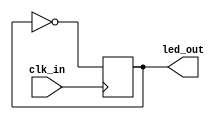
`timescale 1ns / 1ps
//////////////////////////////////////////////////////////////////////////////////
// Company: Carleton University
// Engineering Student: Sunao Gomi
// 
// Design Name: 
// Module Name: timerOn
// Project Name: 
// Target Devices: 
// Tool Versions: 
// Description: 
// 
// Dependencies: 
// 
// Revision:
// Revision 0.01 - File Created
// Additional Comments:
// 
//////////////////////////////////////////////////////////////////////////////////


module timerOn(
    input clk_in,
    output reg led_out
    );
    initial led_out = 0;
    always@(posedge clk_in) led_out = ~led_out;
endmodule